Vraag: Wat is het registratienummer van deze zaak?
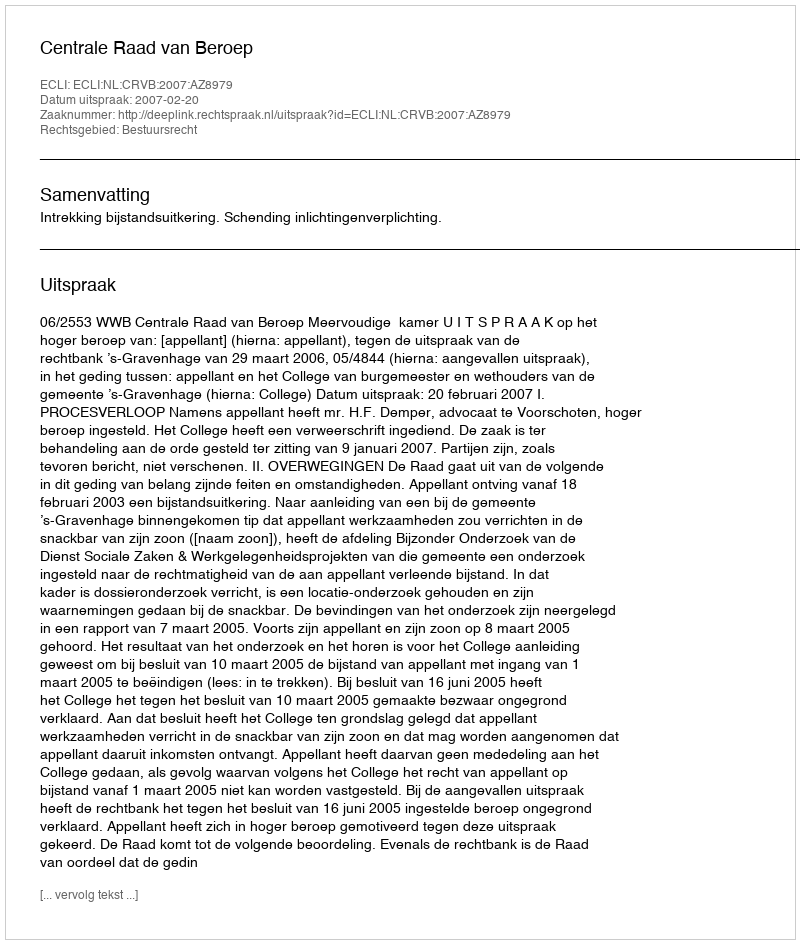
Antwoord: http://deeplink.rechtspraak.nl/uitspraak?id=ECLI:NL:CRVB:2007:AZ8979